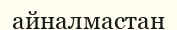
айналмастан